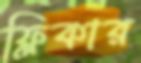
ফ্লিকার